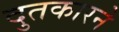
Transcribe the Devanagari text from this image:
दुतकारने